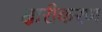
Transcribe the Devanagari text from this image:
क्षारीकरण